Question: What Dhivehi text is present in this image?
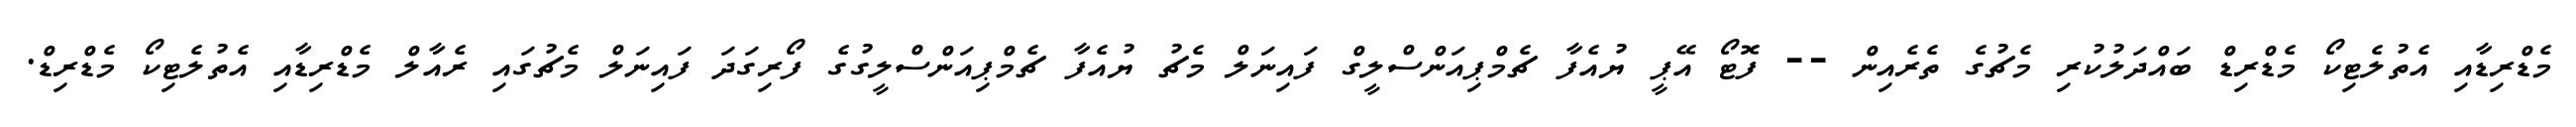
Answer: މެޑްރިޑާއި އެތުލެޓިކޯ މެޑްރިޑް ބައްދަލުކުރި މެޗުގެ ތެރެއިން -- ފޮޓޯ އޭޕީ ޔުއެފާ ޗެމްޕިއަންސްލީގް ފައިނަލް މެޗު ޔުއެފާ ޗެމްޕިއަންސްލީގުގެ ފޯރިގަދަ ފައިނަލް މެޗުގައި ރެއާލް މެޑްރިޑާއި އެތުލެޓިކޯ މެޑްރިޑް.